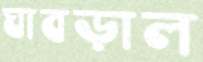
ঘাবড়াল